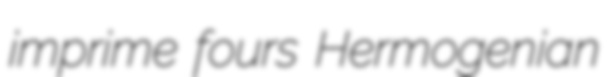
imprime fours Hermogenian